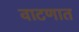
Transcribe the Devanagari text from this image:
वाटणात